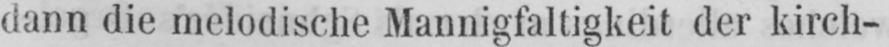
dann die melodische Mannigfaltigkeit der kirch-